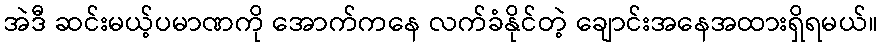
အဲဒီ ဆင်းမယ့်ပမာဏကို အောက်ကနေ လက်ခံနိုင်တဲ့ ချောင်းအနေအထားရှိရမယ်။